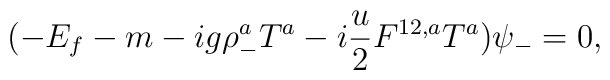
(-E_f -m -ig\rho_- ^a{ T}^a -i\frac{u}{2}F^{1 2 ,a}{ T}^a)\psi_-=0,